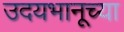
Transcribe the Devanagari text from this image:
उदयभानूच्या